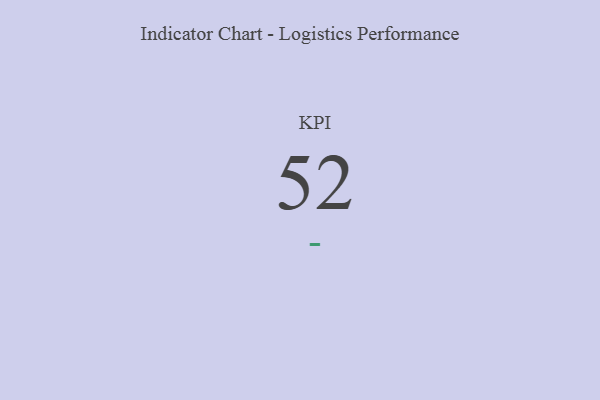
{"axis": {"x": "KPI", "y": "Value"}, "legend": [""], "data": [{"x": "KPI", "y": 52, "type": ""}]}